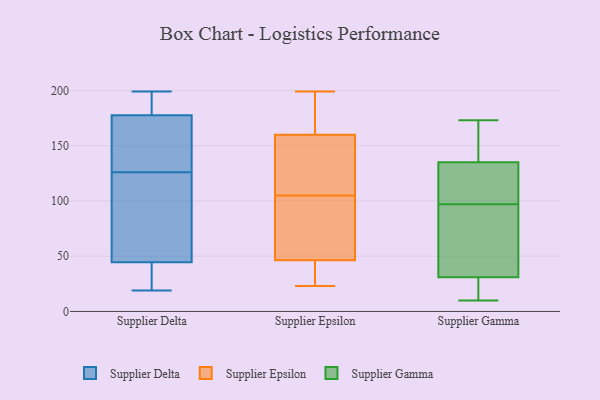
{"axis": {"x": "Customer Acquisition Cost (USD)", "y": "Value"}, "legend": ["Supplier Delta", "Supplier Epsilon", "Supplier Gamma"], "data": [{"x": "", "y": 199, "type": "Supplier Delta"}, {"x": "", "y": 197, "type": "Supplier Delta"}, {"x": "", "y": 134, "type": "Supplier Delta"}, {"x": "", "y": 60, "type": "Supplier Delta"}, {"x": "", "y": 20, "type": "Supplier Delta"}, {"x": "", "y": 19, "type": "Supplier Delta"}, {"x": "", "y": 44, "type": "Supplier Delta"}, {"x": "", "y": 46, "type": "Supplier Delta"}, {"x": "", "y": 170, "type": "Supplier Delta"}, {"x": "", "y": 27, "type": "Supplier Delta"}, {"x": "", "y": 180, "type": "Supplier Delta"}, {"x": "", "y": 149, "type": "Supplier Delta"}, {"x": "", "y": 120, "type": "Supplier Delta"}, {"x": "", "y": 42, "type": "Supplier Delta"}, {"x": "", "y": 89, "type": "Supplier Delta"}, {"x": "", "y": 126, "type": "Supplier Delta"}, {"x": "", "y": 191, "type": "Supplier Delta"}, {"x": "", "y": 160, "type": "Supplier Delta"}, {"x": "", "y": 182, "type": "Supplier Delta"}, {"x": "", "y": 105, "type": "Supplier Epsilon"}, {"x": "", "y": 194, "type": "Supplier Epsilon"}, {"x": "", "y": 23, "type": "Supplier Epsilon"}, {"x": "", "y": 47, "type": "Supplier Epsilon"}, {"x": "", "y": 46, "type": "Supplier Epsilon"}, {"x": "", "y": 199, "type": "Supplier Epsilon"}, {"x": "", "y": 29, "type": "Supplier Epsilon"}, {"x": "", "y": 127, "type": "Supplier Epsilon"}, {"x": "", "y": 145, "type": "Supplier Epsilon"}, {"x": "", "y": 60, "type": "Supplier Epsilon"}, {"x": "", "y": 165, "type": "Supplier Epsilon"}, {"x": "", "y": 173, "type": "Supplier Gamma"}, {"x": "", "y": 149, "type": "Supplier Gamma"}, {"x": "", "y": 25, "type": "Supplier Gamma"}, {"x": "", "y": 61, "type": "Supplier Gamma"}, {"x": "", "y": 20, "type": "Supplier Gamma"}, {"x": "", "y": 135, "type": "Supplier Gamma"}, {"x": "", "y": 70, "type": "Supplier Gamma"}, {"x": "", "y": 31, "type": "Supplier Gamma"}, {"x": "", "y": 127, "type": "Supplier Gamma"}, {"x": "", "y": 156, "type": "Supplier Gamma"}, {"x": "", "y": 98, "type": "Supplier Gamma"}, {"x": "", "y": 10, "type": "Supplier Gamma"}, {"x": "", "y": 96, "type": "Supplier Gamma"}, {"x": "", "y": 105, "type": "Supplier Gamma"}]}